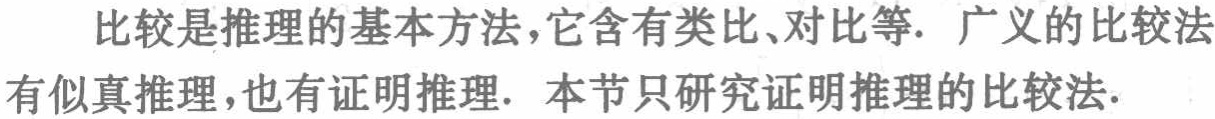
比较是推理的基本方法，它含有类比、对比等. 广义的比较法有似真推理，也有证明推理. 本节只研究证明推理的比较法.